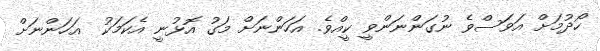
ހޯދުމަށް އަވަސްވެ ނުގަންނަންވީ ކީއްވެ. އަހަންނަށް މަގު އޮޅުނީ އެކަމަކު  އަހަންނަށް